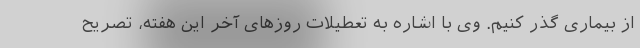
از بیماری گذر کنیم. وی با اشاره به تعطیلات روزهای آخر این هفته، تصریح